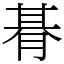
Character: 朞